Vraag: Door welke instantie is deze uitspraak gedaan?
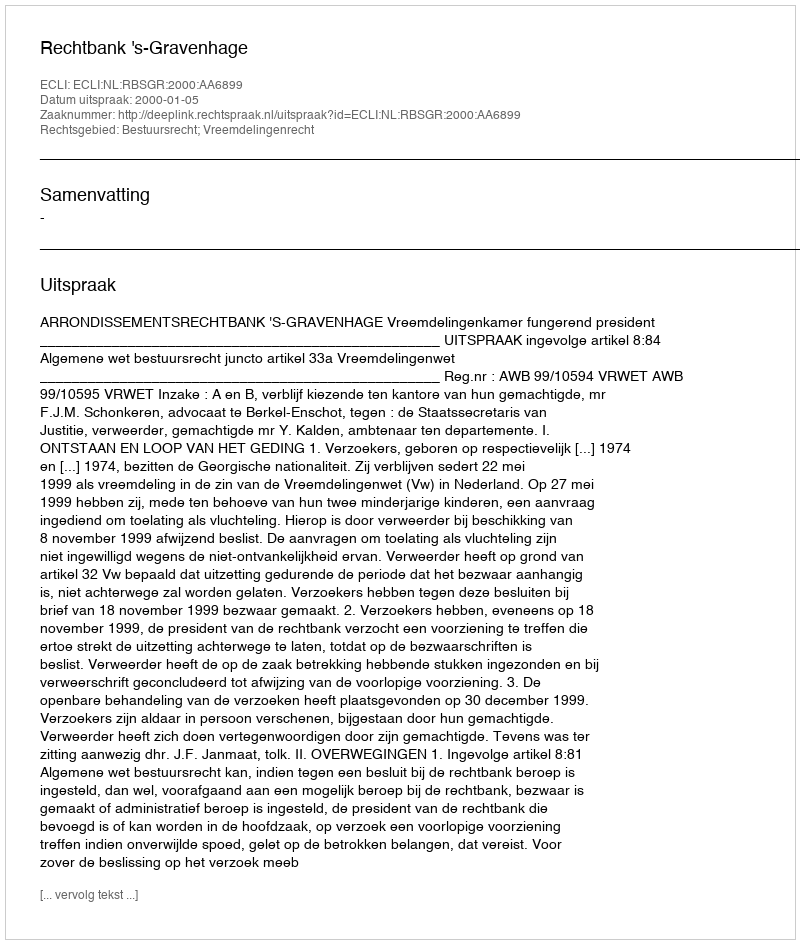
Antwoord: Rechtbank 's-Gravenhage